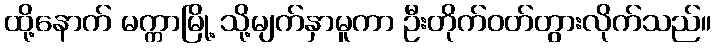
ထို့နောက် မက္ကာမြို့ သို့မျက်နှာမူကာ ဦးတိုက်ဝတ်တွားလိုက်သည်။